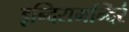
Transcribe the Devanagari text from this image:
इन्दिरामन्दिरं